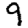
Digit: 9